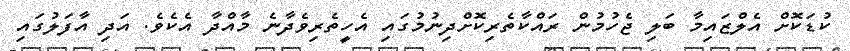
ކުޑަކޮށް އެލްޒައިމާ ބަލި ޖެހުމުން ރައްކާތެރިކޮށްދިނުމުގައި އެހީތެރިވެދާނެ މާއްދާ އެކެވެ. އަދި އާފަލުގައި